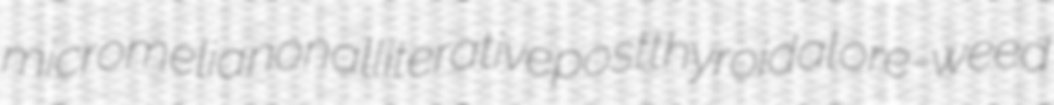
micromelia nonalliterative postthyroidal ore-weed